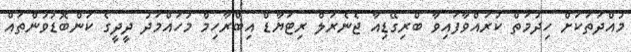
މުއްދަތަކަށް ހިދުމަތް ކުރައްވާފައިވާ ބްރިގޭޑިއާ ޖެނެރަލް ރިޓަޔާޑް އިބްރާހިމް މުހައްމަދު ދީދީގެ ކަންބޮޑުވުންތައް